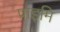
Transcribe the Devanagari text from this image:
प्राइमि